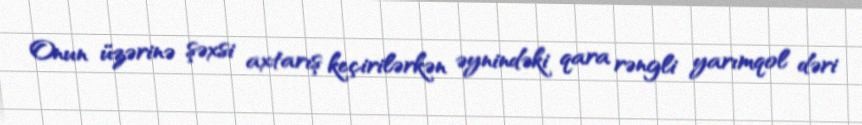
Onun üzərinə şəxsi axtarış keçirilərkən əynindəki qara rəngli yarımqol dəri